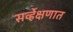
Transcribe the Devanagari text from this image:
सर्व्हेक्षणात